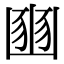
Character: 𡺳